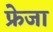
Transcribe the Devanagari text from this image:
फ्रेजा